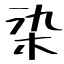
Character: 染